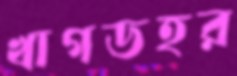
খাগডহর